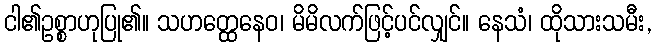
ငါ၏ဥစ္စာဟုပြု၏။ သဟတ္ထေနေဝ၊ မိမိလက်ဖြင့်ပင်လျှင်။ နေသံ၊ ထိုသားသမီး,